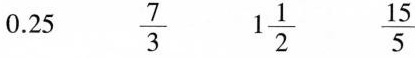
0.25 \frac{7}{3} 1\frac{1}{2} \frac{15}{5}